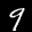
Label: 9